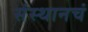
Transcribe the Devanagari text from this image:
संस्थानचं